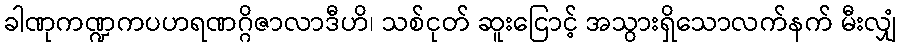
ခါဏုကဏ္ဍကပဟရဏဂ္ဂိဇာလာဒီဟိ၊ သစ်ငုတ် ဆူးငြောင့် အသွားရှိသောလက်နက် မီးလျှံ